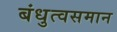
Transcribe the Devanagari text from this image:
बंधुत्वसमान